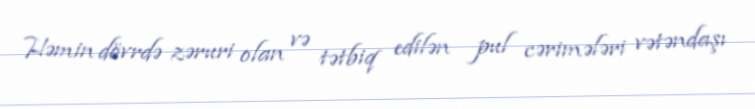
Həmin dövrdə zəruri olan və tətbiq edilən pul cərimələri vətəndaşı